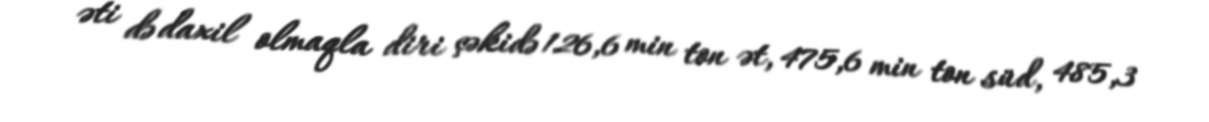
əti də daxil olmaqla diri çəkidə 126,6 min ton ət, 475,6 min ton süd, 485,3